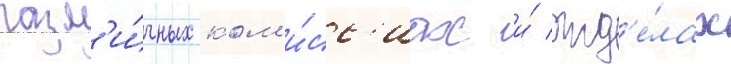
разл'и́чных ком'и́сс'иах и́ отд'е́лах